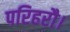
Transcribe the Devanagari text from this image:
परिहरौ।